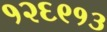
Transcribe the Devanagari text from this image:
१२६९१३